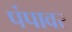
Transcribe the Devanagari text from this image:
पंपावर